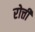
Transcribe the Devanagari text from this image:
रोत्ती